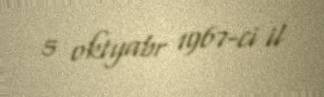
5 oktyabr 1967-ci il